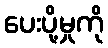
ပေးပို့မှုကို